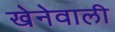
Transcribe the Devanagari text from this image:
खेनेवाली